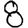
Digit: 8